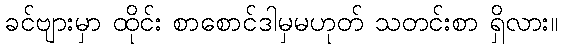
ခင်ဗျားမှာ ထိုင်း စာစောင်ဒါမှမဟုတ် သတင်းစာ ရှိလား။